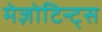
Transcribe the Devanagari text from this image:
मेज़ोटिन्ट्स